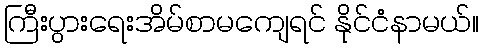
ကြီးပွားရေးအိမ်စာမကျေရင် နိုင်ငံနာမယ်။